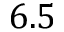
6 . 5